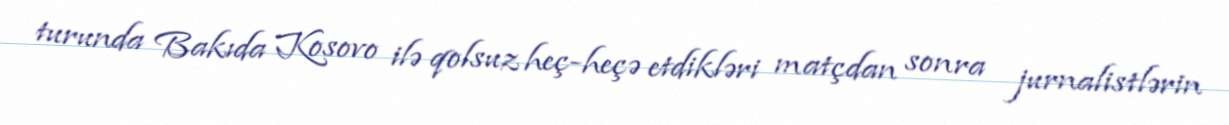
turunda Bakıda Kosovo ilə qolsuz heç-heçə etdikləri matçdan sonra jurnalistlərin